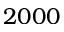
2 0 0 0